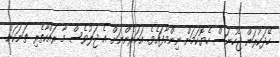
ހޭދަކުރަން ޖެހުނަސް ހެޔޮކަމަށް ނިންމާފައެވެ. އަހަރެންނަށް އެ ޖަލުވެސް މާ ރައްކާތެރި ތަނަކަށް